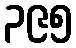
၃၉၅